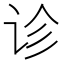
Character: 诊